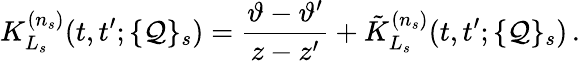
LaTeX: K_{L_{s}}^{(n_{s})}(t,t^{\prime};\{ \mathcal{Q}\} _{s})=\frac{{\vartheta-\vartheta^{\prime}}}{{z-z^{\prime}}}+\tilde{{K}}_{L_{s}}^{(n_{s})}(t,t^{\prime};\{ \mathcal{Q}\} _{s})\, .